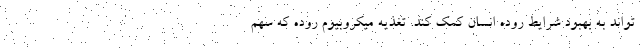
تواند به بهبود شرایط روده انسان کمک کند. تغذیه میکروبیوم روده که سهم